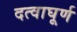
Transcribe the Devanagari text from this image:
दत्वाघूर्ण